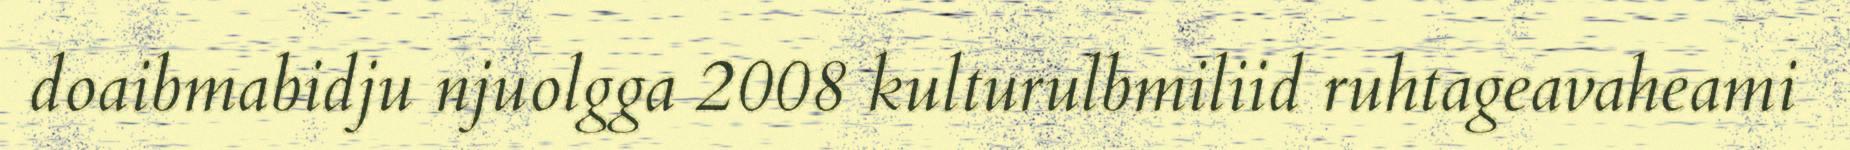
doaibmabidju njuolgga 2008 kulturulbmiliid ruhtageavaheami